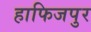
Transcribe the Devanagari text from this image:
हाफिजपुर